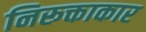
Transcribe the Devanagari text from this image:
निरूक्ताकार